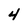
Character: 4